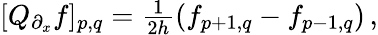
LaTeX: \begin{array}{r}{[Q_{\partial_{x}}f]_{p,q}=\frac{1}{2h}(f_{p+1,q}-f_{p-1,q})\, ,}\end{array}